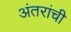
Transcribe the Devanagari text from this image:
अंतरांची